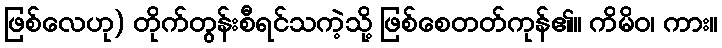
ဖြစ်လေဟု) တိုက်တွန်းစီရင်သကဲ့သို့ ဖြစ်စေတတ်ကုန်၏။ ကိမိဝ၊ ကား။